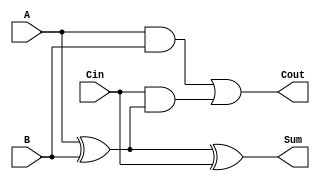
module full_adder (
    input wire A,      // First binary input
    input wire B,      // Second binary input
    input wire Cin,    // Carry-in input
    output wire Sum,   // Sum output
    output wire Cout   // Carry-out output
);

// Calculate the Sum using XOR gates
assign Sum = A ^ B ^ Cin;

// Calculate the Carry-out using AND and OR gates
assign Cout = (A & B) | (Cin & (A ^ B));

endmodule